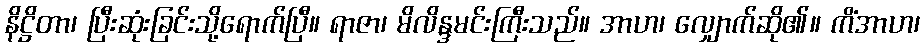
နိဋ္ဌိတာ၊ ပြီးဆုံးခြင်းသို့ရောက်ပြီ။ ရာဇာ၊ မိလိန္ဒမင်းကြီးသည်။ အာဟ၊ လျှောက်ဆို၏။ ကိံအာဟ၊